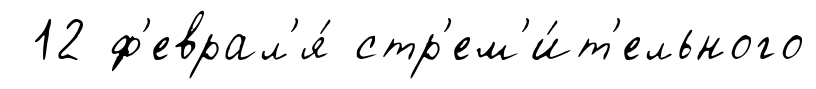
12 ф'еврал'я́ стр'ем'и́т'ельного